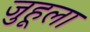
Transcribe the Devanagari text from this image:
जुहूला